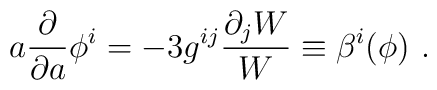
a {\partial \over \partial a} \phi^i =  - 3 g^{ij}{\partial_j W \over  W}\equiv \beta^i(\phi) \ .